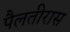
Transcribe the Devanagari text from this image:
पैलतीरास